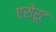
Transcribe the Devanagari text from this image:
एरोरूट